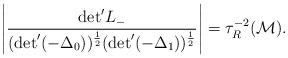
LaTeX: \begin{align*}\left | \frac{{\rm det}^{\prime} L_{-}}{({\rm det}^{\prime} (- {\Delta}_{0}))^{\frac{1}{2}} ({\rm det}^{\prime} (- {\Delta}_{1}))^{\frac{1}{2}}} \right | = {\tau}_{R}^{-2} ({\cal M}).\end{align*}